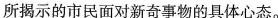
所揭示的市民面对新奇事物的具体心态。